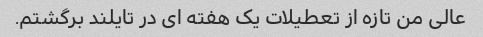
عالی من تازه از تعطیلات یک هفته ای در تایلند برگشتم.